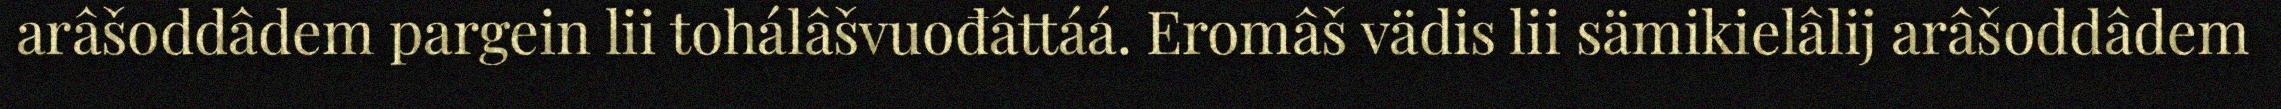
arâšoddâdem pargein lii tohálâšvuođâttáá. Eromâš vädis lii sämikielâlij arâšoddâdem